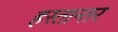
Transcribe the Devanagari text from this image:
हस्तान्तर